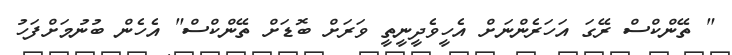
" ތޭންކްސް ރޭގަ އަހަރެންނަށް އެހީވެދީނީތީ ވަރަށް ބޮޑަށް ތޭންކްސް" އެހެން ބުނުމަށްފަހު